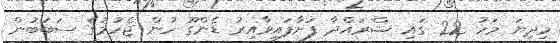
މިދިޔަ މަހު 22 ގައި ޝްރައްދާ ފަށާފައިވާއިރު ޑެންގޫ ހުން ޖެހުމުގެ ސަބަބުން